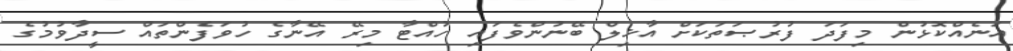
އަނެއްކޮޅުން މިފަދަ ފުރުޞަތަކަށް އާޚިލް ބޭނުންވެފައި ހުއްޓާ މިރޭ އޭނާގެ ހުވަފެންތައް ސީދާވުމުގެ